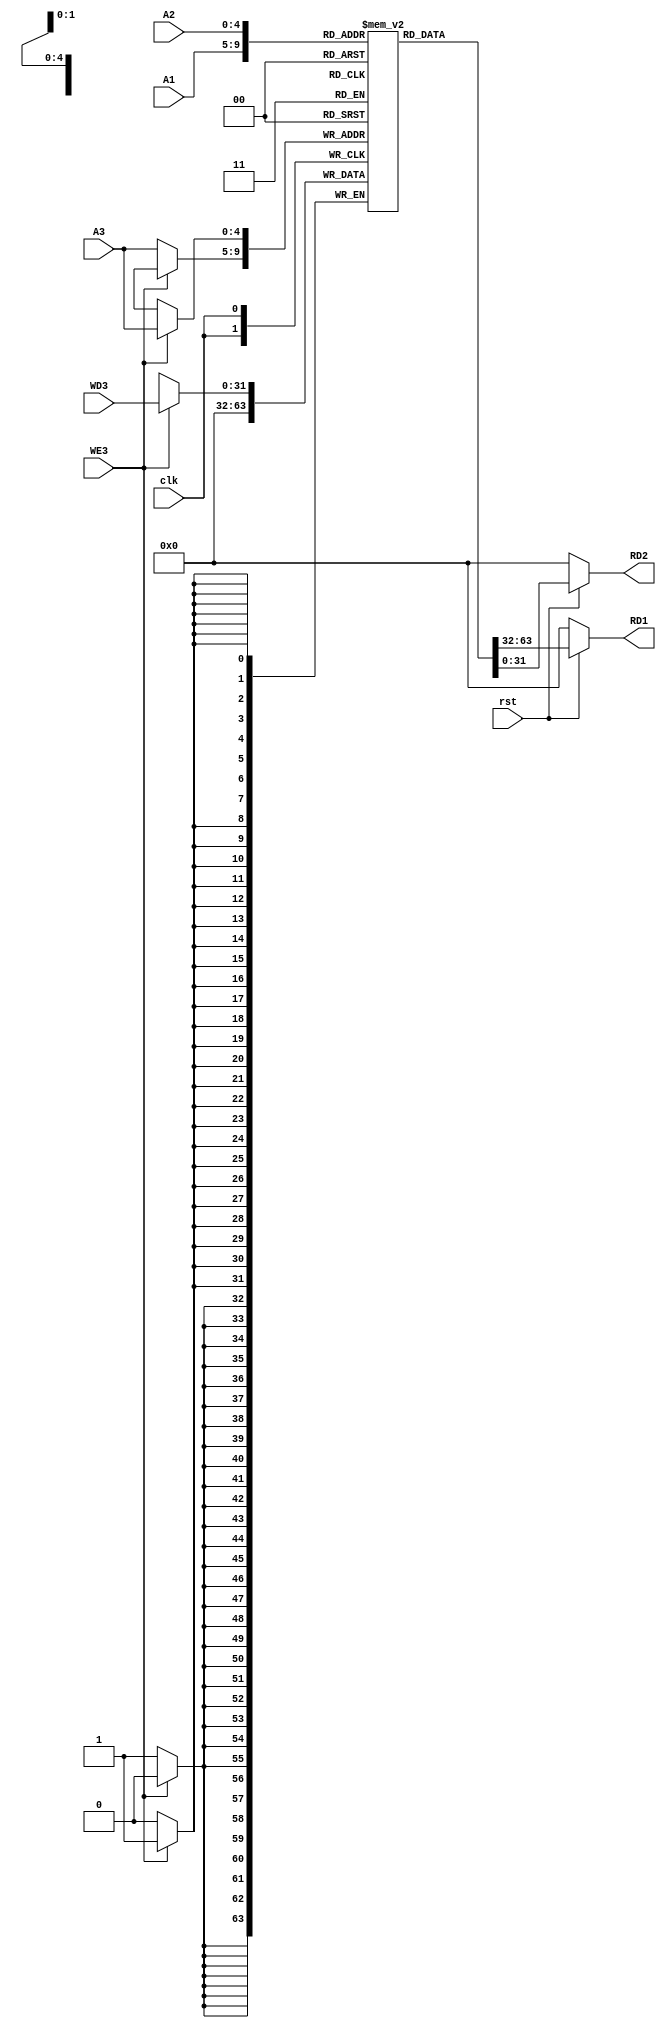
`timescale 1ns / 1ps
//////////////////////////////////////////////////////////////////////////////////
// Company: 
// Engineer: 
// 
// Design Name: 
// Module Name: Reg_mem
// Project Name: 
// Target Devices: 
// Tool Versions: 
// Description: 
// 
// Dependencies: 
// 
// Revision:
// Revision 0.01 - File Created
// Additional Comments:
// 
//////////////////////////////////////////////////////////////////////////////////


module Reg_mem(A1,A2,A3,WD3,clk,rst,WE3,RD1,RD2);
input [19:15] A1;
input [24:20]A2;
input [11:7] A3;
input [31:0] WD3;
input clk,rst,WE3;
output [31:0] RD1,RD2;

///create register memory which has reg data type consist of 32 registers///
///Each registers have 32 bit memory address///

reg [31:0] Register_memory [31:0] ;
///When reset is active low, it will read 0 at output//
assign RD1 = (!rst) ? 32'h00000000 : Register_memory[A1];

assign RD2 = (!rst) ? 32'h00000000 : Register_memory[A2];

always @ (posedge clk )
    begin
      if(WE3)////When write enable is high, data write at (A3) address of register //
        begin
            Register_memory[A3] <= WD3;
        end
      else
        begin
            Register_memory[A3] <= 32'h00000000;
        end
    end
    
   initial begin
    Register_memory[9] = 32'h000000f4;
    Register_memory[4] = 32'h0000001c;
      ///Register_memory[5] = 32'h0000002f; 
             ///   Register_memory[4] = 32'h00002004;
                Register_memory[6] = 32'h0000000A;
                Register_memory[5] = 32'h00000006; 
                
           //     Register_memory[7] = 32'h00000023;
      end
      
      
       
endmodule